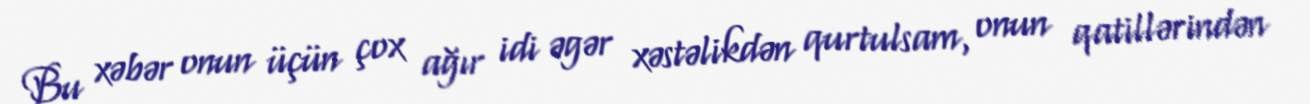
Bu xəbər onun üçün çox ağır idi əgər xəstəlikdən qurtulsam, onun qatillərindən